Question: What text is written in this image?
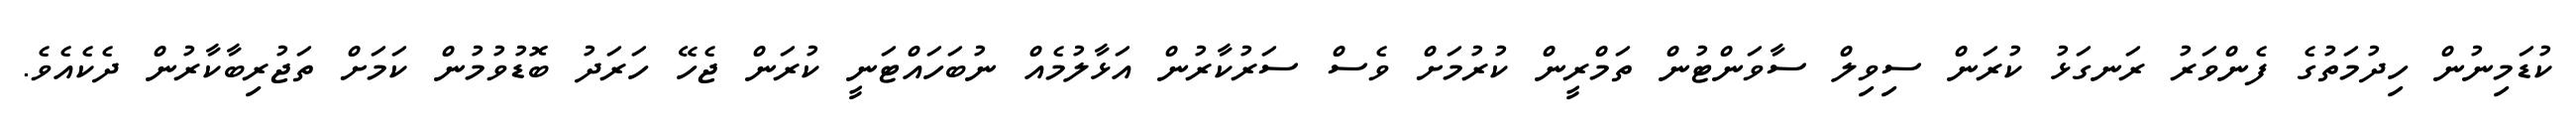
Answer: ކުޑަމިނުން ހިދުމަތުގެ ފެންވަރު ރަނގަޅު ކުރަން ސިވިލް ސާވަންޓުން ތަމްރީން ކުރުމަށް ވެސް ސަރުކާރުން އަޅާލުމެއް ނުބަހައްޓަނީ ކުރަން ޖެހޭ ހަރަދު ބޮޑުވުމުން ކަމަށް ތަޖުރިބާކާރުން ދެކެއެވެ.